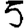
Digit: 5